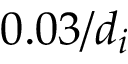
0 . 0 3 / d _ { i }